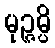
မုဉ္ဇမ္ပိ